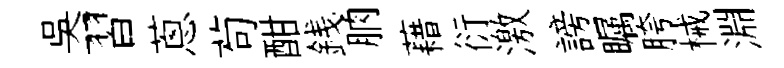
吳習蔥茍酣銭朒藉衍激謗瞩胯械淵